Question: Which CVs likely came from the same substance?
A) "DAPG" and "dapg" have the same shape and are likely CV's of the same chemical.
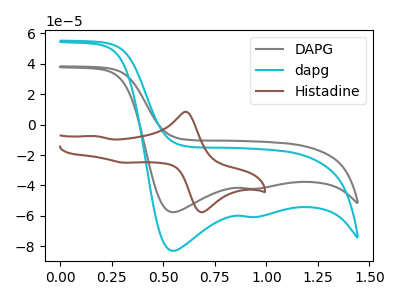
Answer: <think>The gray curve "DAPG" has cathodic peaks at (0.55V, -57.55uA) (0.90V, -42.15uA). The cyan curve "dapg" has cathodic peaks at (0.55V, -82.95uA) (0.90V, -60.75uA). The brown curve "Histadine" has anodic peaks at (0.60V, 8.35uA) (0.15V, -7.60uA) and cathodic peaks at (0.70V, -57.15uA) (0.30V, -25.00uA).
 All the peaks in "DAPG" have a peak in "dapg" at the same potential. Every peak in "DAPG" is lower than every peak in "dapg". "DAPG" and "Histadine" have a different number of peaks. "dapg" and "Histadine" have a different number of peaks.</think>
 <answer>A) "DAPG" and "dapg" have the same shape and are likely CV's of the same chemical.</answer>
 <eval>A</eval>